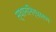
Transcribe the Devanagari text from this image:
स्थाननिर्धारण